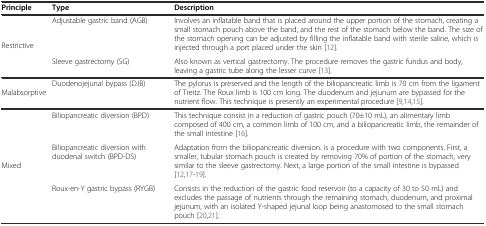
| Principle | Type | Description |
 | --- | --- | --- |
 | Restrictive | Adjustable gastric band (AGB) | Involves an inflatable band that is placed around the upper portion of the stomach, creating a small stomach pouch above the band, and the rest of the stomach below the band. The size of the stomach opening can be adjusted by filling the inflatable band with sterile saline, which is injected through a port placed under the skin [12]. |
 |  | Sleeve gastrectomy (SG) | Also known as vertical gastrectomy. The procedure removes the gastric fundus and body, leaving a gastric tube along the lesser curve [13]. |
 | Malabsorptive | Duodenojejunal bypass (DJB) | The pylorus is preserved and the length of the biliopancreatic limb is 70 cm from the ligament of Treitz. The Roux limb is 100 cm long. The duodenum and jejunum are bypassed for the nutrient flow. This technique is presently an experimental procedure [9, 14, 15]. |
 | Mixed | Biliopancreatic diversion (BPD) | This technique consist in a reduction of gastric pouch (70±10 mL), an alimentary limb composed of 400 cm, a common limb of 100 cm, and a biliopancreatic limb, the remainder of the small intestine [16]. |
 |  | Biliopancreatic diversion with duodenal switch (BPD-DS) | Adaptation from the biliopancreatic diversion. is a procedure with two components. First, a smaller, tubular stomach pouch is created by removing 70% of portion of the stomach, very similar to the sleeve gastrectomy. Next, a large portion of the small intestine is bypassed [12, 17–19]. |
 |  | Roux-en-Y gastric bypass (RYGB) | Consists in the reduction of the gastric food reservoir (to a capacity of 30 to 50 mL) and excludes the passage of nutrients through the remaining stomach, duodenum, and proximal jejunum, with an isolated Y-shaped jejunal loop being anastomosed to the small stomach pouch [20, 21]. |